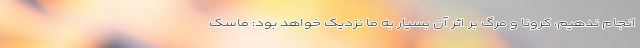
انجام ندهیم، کرونا و مرگ بر اثر آن بسیار به ما نزدیک خواهد بود: ماسک